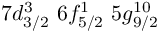
7 d _ { 3 / 2 } ^ { 3 } \, \, 6 f _ { 5 / 2 } ^ { 1 } \, \, 5 g _ { 9 / 2 } ^ { 1 0 }